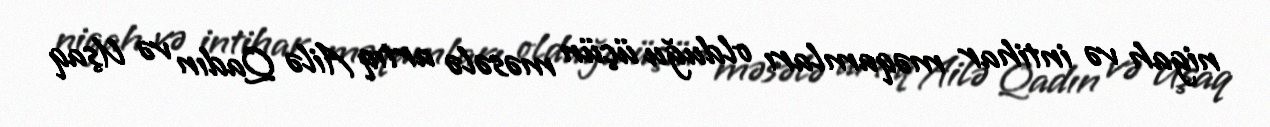
nigah və intihar məqamları olduğu üçün məsələ artıq Ailə Qadın və Uşaq